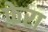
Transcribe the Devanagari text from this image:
फ़ेरा